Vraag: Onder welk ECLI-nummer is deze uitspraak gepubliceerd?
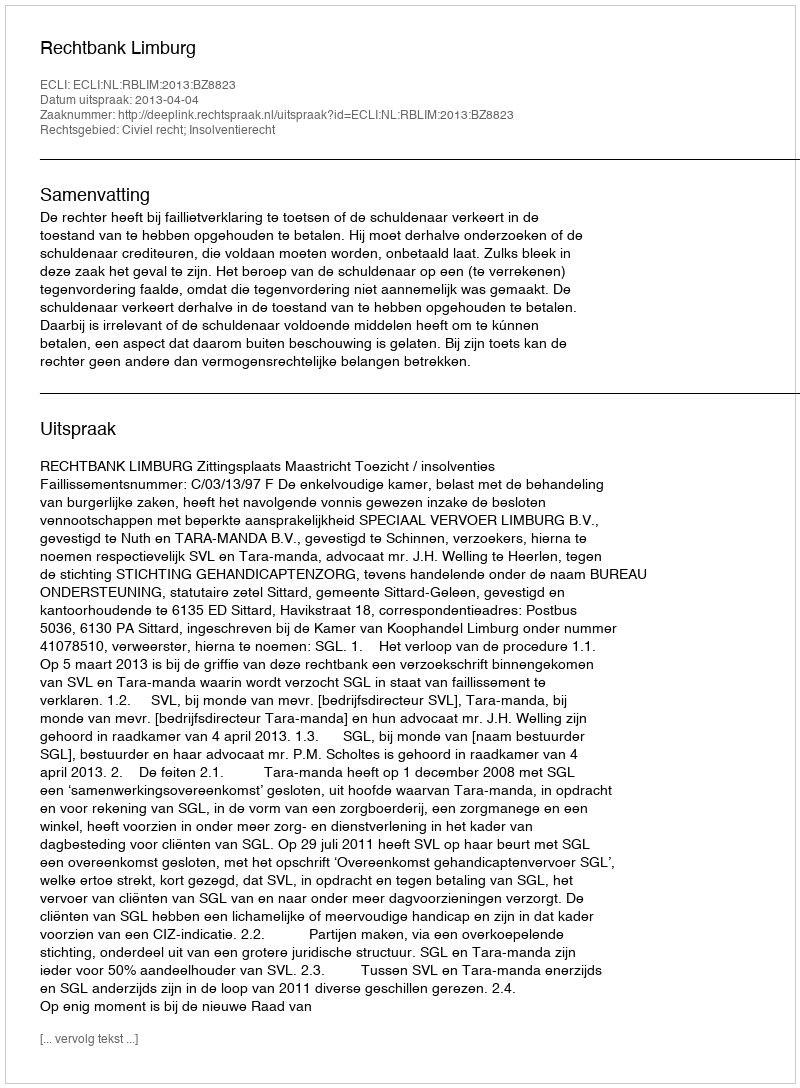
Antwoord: ECLI:NL:RBLIM:2013:BZ8823